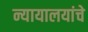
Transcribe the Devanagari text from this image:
न्यायालयांचे